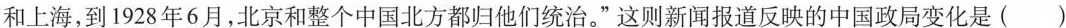
和上海，到1928年6月，北京和整个中国北方都归他们统治。”这则新闻报道反映的中国政局变化是()